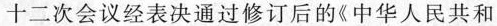
十二次会议经表决通过修订后的《中华人民共和